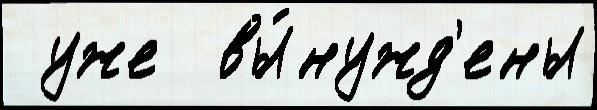
 уже  вы́нужд'ены